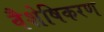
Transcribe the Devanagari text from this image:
वैशेषिकरण